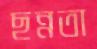
ছন্নতা